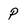
Character: P